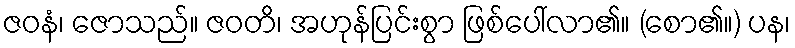
ဇဝနံ၊ ဇောသည်။ ဇဝတိ၊ အဟုန်ပြင်းစွာ ဖြစ်ပေါ်လာ၏။ (စော၏။) ပန၊